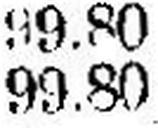
99.80